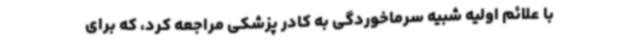
با علائم اولیه شبیه سرماخوردگی به کادر پزشکی مراجعه کرد، که برای